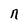
Character: n